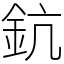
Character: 鈧